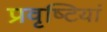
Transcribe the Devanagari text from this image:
प्रवृष्‍टियां